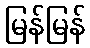
မြန်မြန်